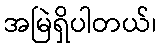
အမြဲရှိပါတယ်၊